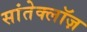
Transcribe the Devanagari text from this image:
सांतेक्लॉज़